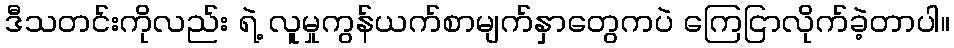
ဒီသတင်းကိုလည်း ရဲ့ လူမှုကွန်ယက်စာမျက်နှာတွေကပဲ ကြေငြာလိုက်ခဲ့တာပါ။